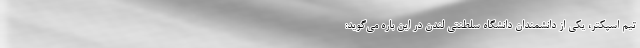
تیم اسپکتر، یکی از دانشمندان دانشگاه سلطنتی لندن در این باره می‌گوید: